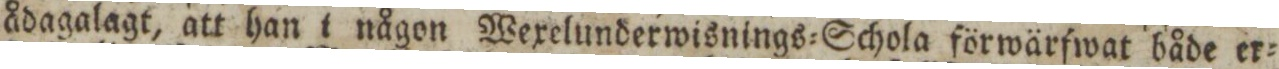
ådagalagt, att han i någon Wexelunderwisnings=Schola förwärfwat både er=